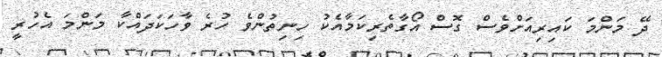
ދޭ މަންމަ ކައިރިއަށްވެސް ގޮސް އޯގާތެރިކަމާއެކު ހިނިތުންވެ ހުރެ ވާހަކަދައްކާ މަންމަ އެހުރީ